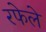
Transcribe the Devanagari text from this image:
रफेले